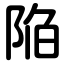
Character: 陥